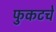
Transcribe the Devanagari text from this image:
फुकटचे